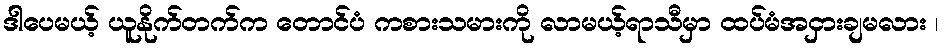
ဒါပေမယ့် ယူနိုက်တက်က တောင်ပံ ကစားသမားကို လာမယ့်ရာသီမှာ ထပ်မံအငှားချမလား ၊